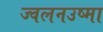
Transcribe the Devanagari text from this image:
ज्वलनउष्मा